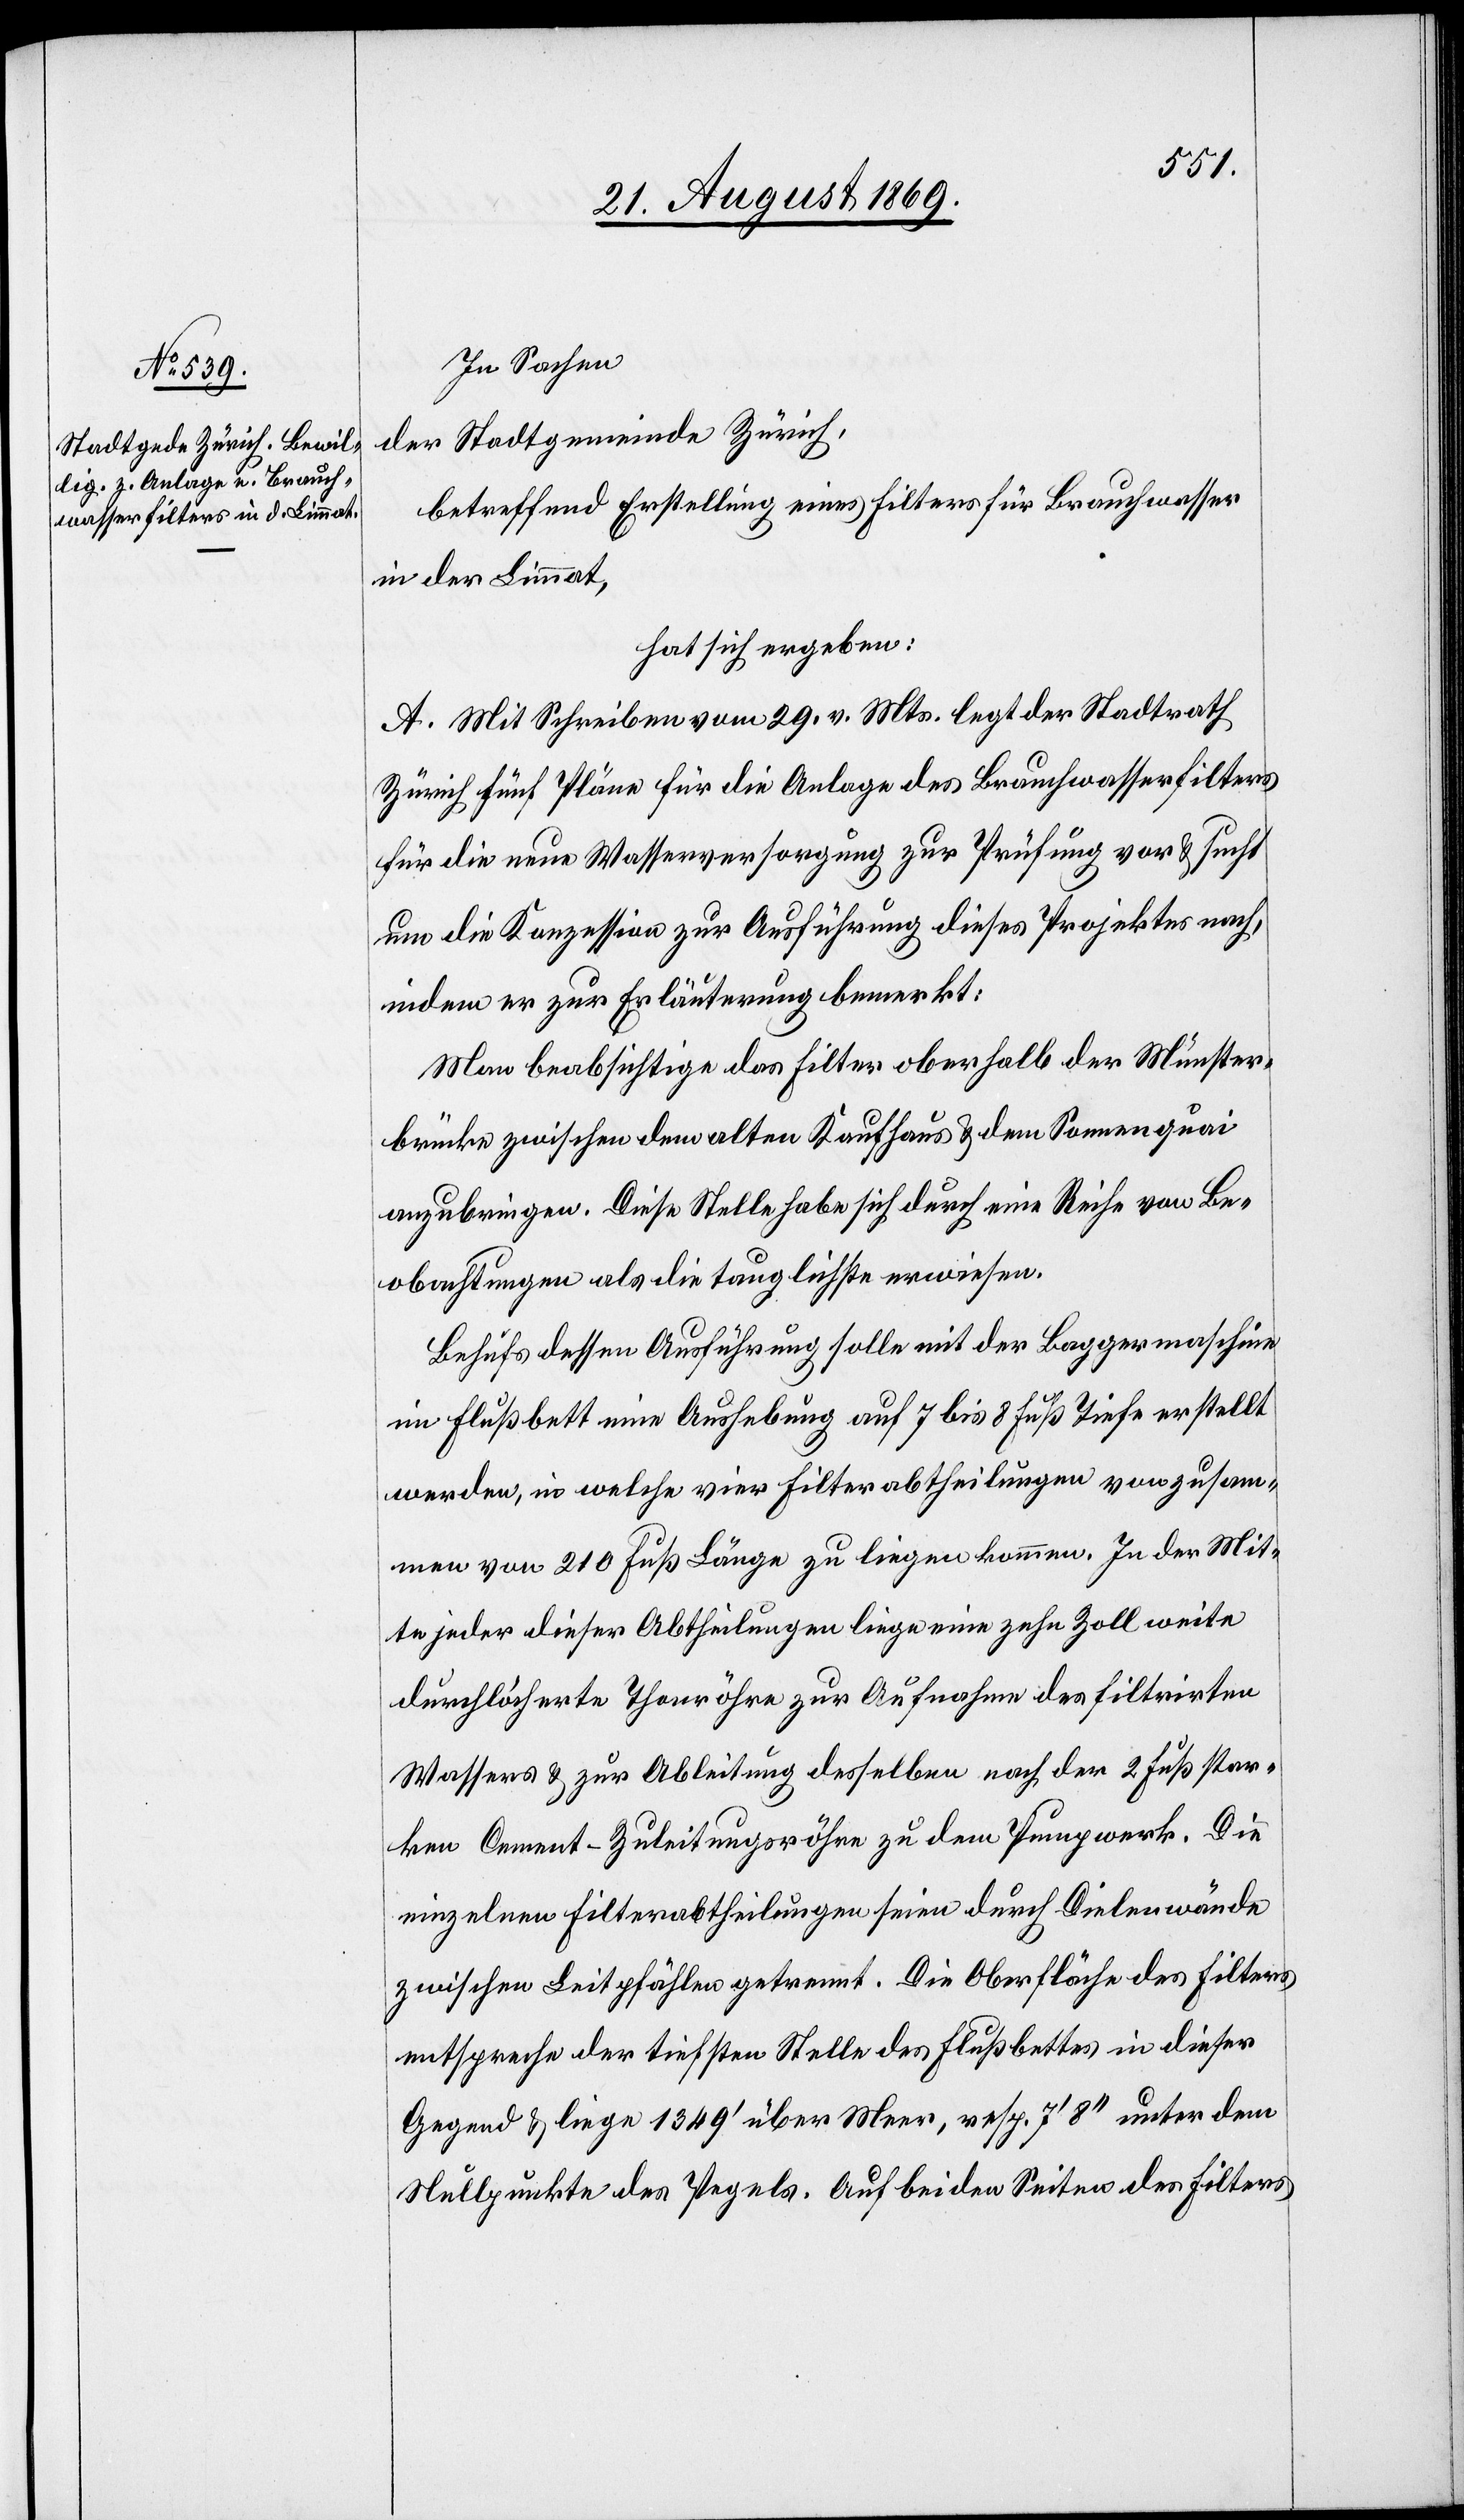
In Sachen
der Stadtgemeinde Zürich,
betreffend Erstellung eines Filters für Brauchwasser
in der Limmat,
hat sich ergeben:
A. Mit Schreiben vom 29. v. Mts. legt der Stadtrath
Zürich fünf Pläne für die Anlage des Brauchwasserfilters
für die neue Wasserversorgung zur Prüfung vor & sucht
um die Konzession zur Ausführung dieses Projektes nach,
indem er zur Erläuterung bemerkt:
Man beabsichtige das Filter oberhalb der Münster¬
brücke zwischen dem alten Kaufhaus & dem Sonnenquai
anzubringen. Diese Stelle habe sich durch eine Reihe von Be¬
obachtungen als die tauglichste erwiesen.
Behufs dessen Ausführung solle mit der Baggermaschine
im Flußbett eine Aushebung auf 7 bis 8 Fuß Tiefe erstellt
werden, in welche vier Filterabtheilungen von zusam¬
men von [sic!] 210 Fuß Länge zu liegen kommen. In der Mit¬
te jeder dieser Abtheilungen liege eine zehn Zoll weite
durchlöcherte Thonröhre zur Aufnahme des filtrirten
Wassers & zur Ableitung desselben nach der 2 Fuß star¬
ken Cement-Zuleitungsröhre zu dem Pumpwerk. Die
einzelnen Filterabtheilungen seien durch Dielenwände
zwischen Leitpfählen getrennt. Die Oberfläche des Filters
entspreche der tiefsten Stelle des Flußbettes in dieser
Gegend & liege 1 349‘ über Meer, resp. 7‘ 8‘‘ unter dem
Nullpunkte des Pegels. Auf beiden Seiten des Filters